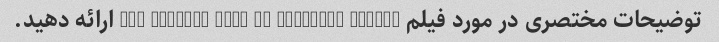
توضیحات مختصری در مورد فیلم The Curious Case of Benjamin Button ارائه دهید.